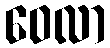
ဝေလာ